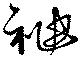
袖